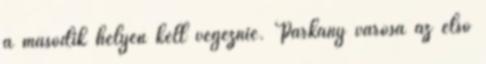
a második helyen kell végeznie. Párkány városa az első